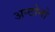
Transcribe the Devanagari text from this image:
अन्टोनो